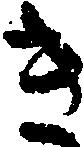
き